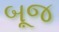
બૂજ